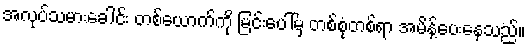
အလုပ်သမားခေါင်း တစ်ယောက်ကို မြင်းပေါ်မှ တစ်စုံတစ်ရာ အမိန့်ပေးနေသည်။